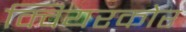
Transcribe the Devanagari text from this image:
क्वियरकोर